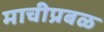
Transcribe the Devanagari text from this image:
माचीप्रबळ